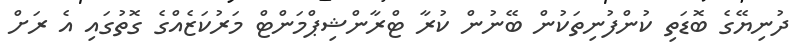
ދުނިޔޭގެ ބޮޑަތި ކުންފުނިތަކުން ބޭނުން ކުރާ ޓްރާންޝިޕްމަންޓް މަރުކަޒެއްގެ ގޮތުގައި އެ ރަށް